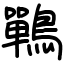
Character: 鷤